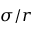
\sigma / r